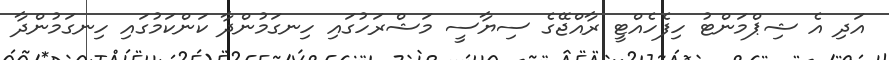
އަދި އެ ޝިޕްމަންޓު ހިފެހެއްޓީ ރާއްޖޭގެ ސިޔާސީ މަޝްރަހުގައި ހިނގަމުންދާ ކަންކަމުގައި ހިނގަމުންދާ